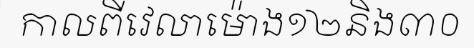
កាលពីវេលាម៉ោង១២និង៣០